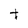
Character: t